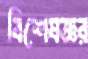
বিশেষজ্ঞর